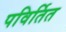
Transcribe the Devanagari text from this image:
पविर्तित